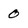
Character: 0